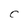
Character: C